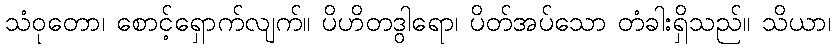
သံဝုတော၊ စောင့်ရှောက်လျက်။ ပိဟိတဒွါရော၊ ပိတ်အပ်သော တံခါးရှိသည်။ သိယာ၊